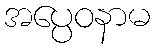
အပ္ပေဝနာမ